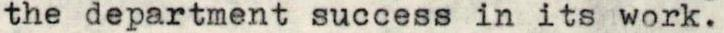
the department success in its work.